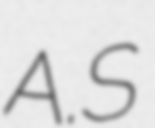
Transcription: A.S